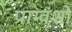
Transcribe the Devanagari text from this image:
प्राग्वंशो